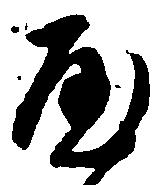
や